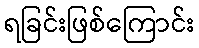
ရခြင်းဖြစ်ကြောင်း